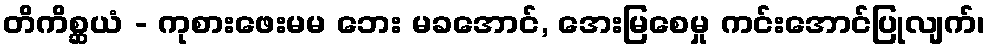
တိကိစ္ဆယံ - ကုစားဖေးမမ ဘေး မခအောင်, အေးမြစေမှု ကင်းအောင်ပြုလျက်၊